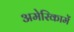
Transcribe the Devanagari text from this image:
अमेरिकामें